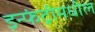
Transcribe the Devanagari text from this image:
इन्फंट्रीमधील